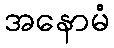
အနောမံ